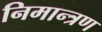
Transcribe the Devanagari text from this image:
निमान्त्रण